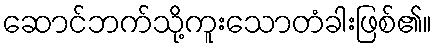
ဆောင်ဘက်သို့ကူးသောတံခါးဖြစ်၏။